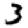
Digit: 3